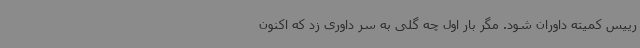
رییس کمیته داوران شود. مگر بار اول چه گلی به سر داوری زد که اکنون